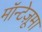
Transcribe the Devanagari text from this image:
मॉन्टेज़ूमा